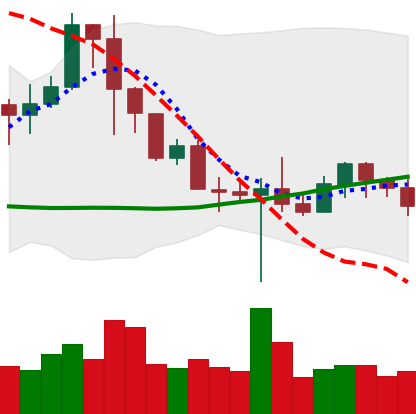
Ticker: BNB-USD
Chart end date: 2022-10-20
Forward return: 5.63%
Label: up_5_7